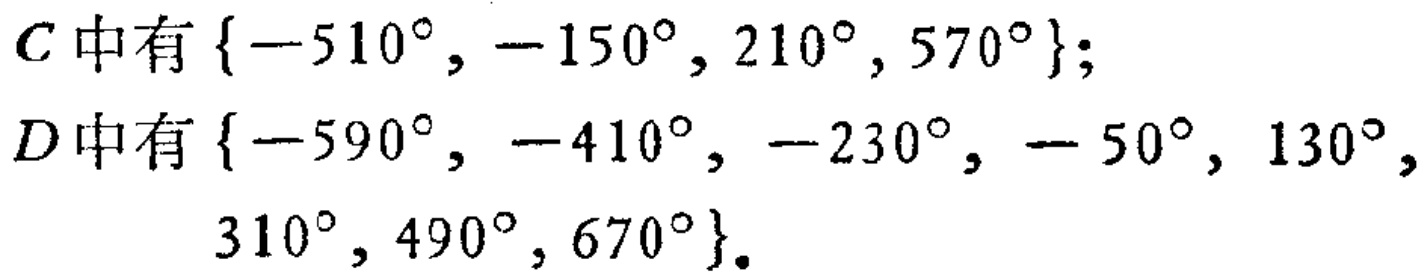
$C\text{中有} \{-510^{\circ}, -150^{\circ}, 210^{\circ}, 570^{\circ}\};$
$D\text{中有} \{-590^{\circ}, -410^{\circ}, -230^{\circ}, - 50^{\circ}, 130^{\circ}, 310^{\circ}, 490^{\circ}, 670^{\circ}\}.$